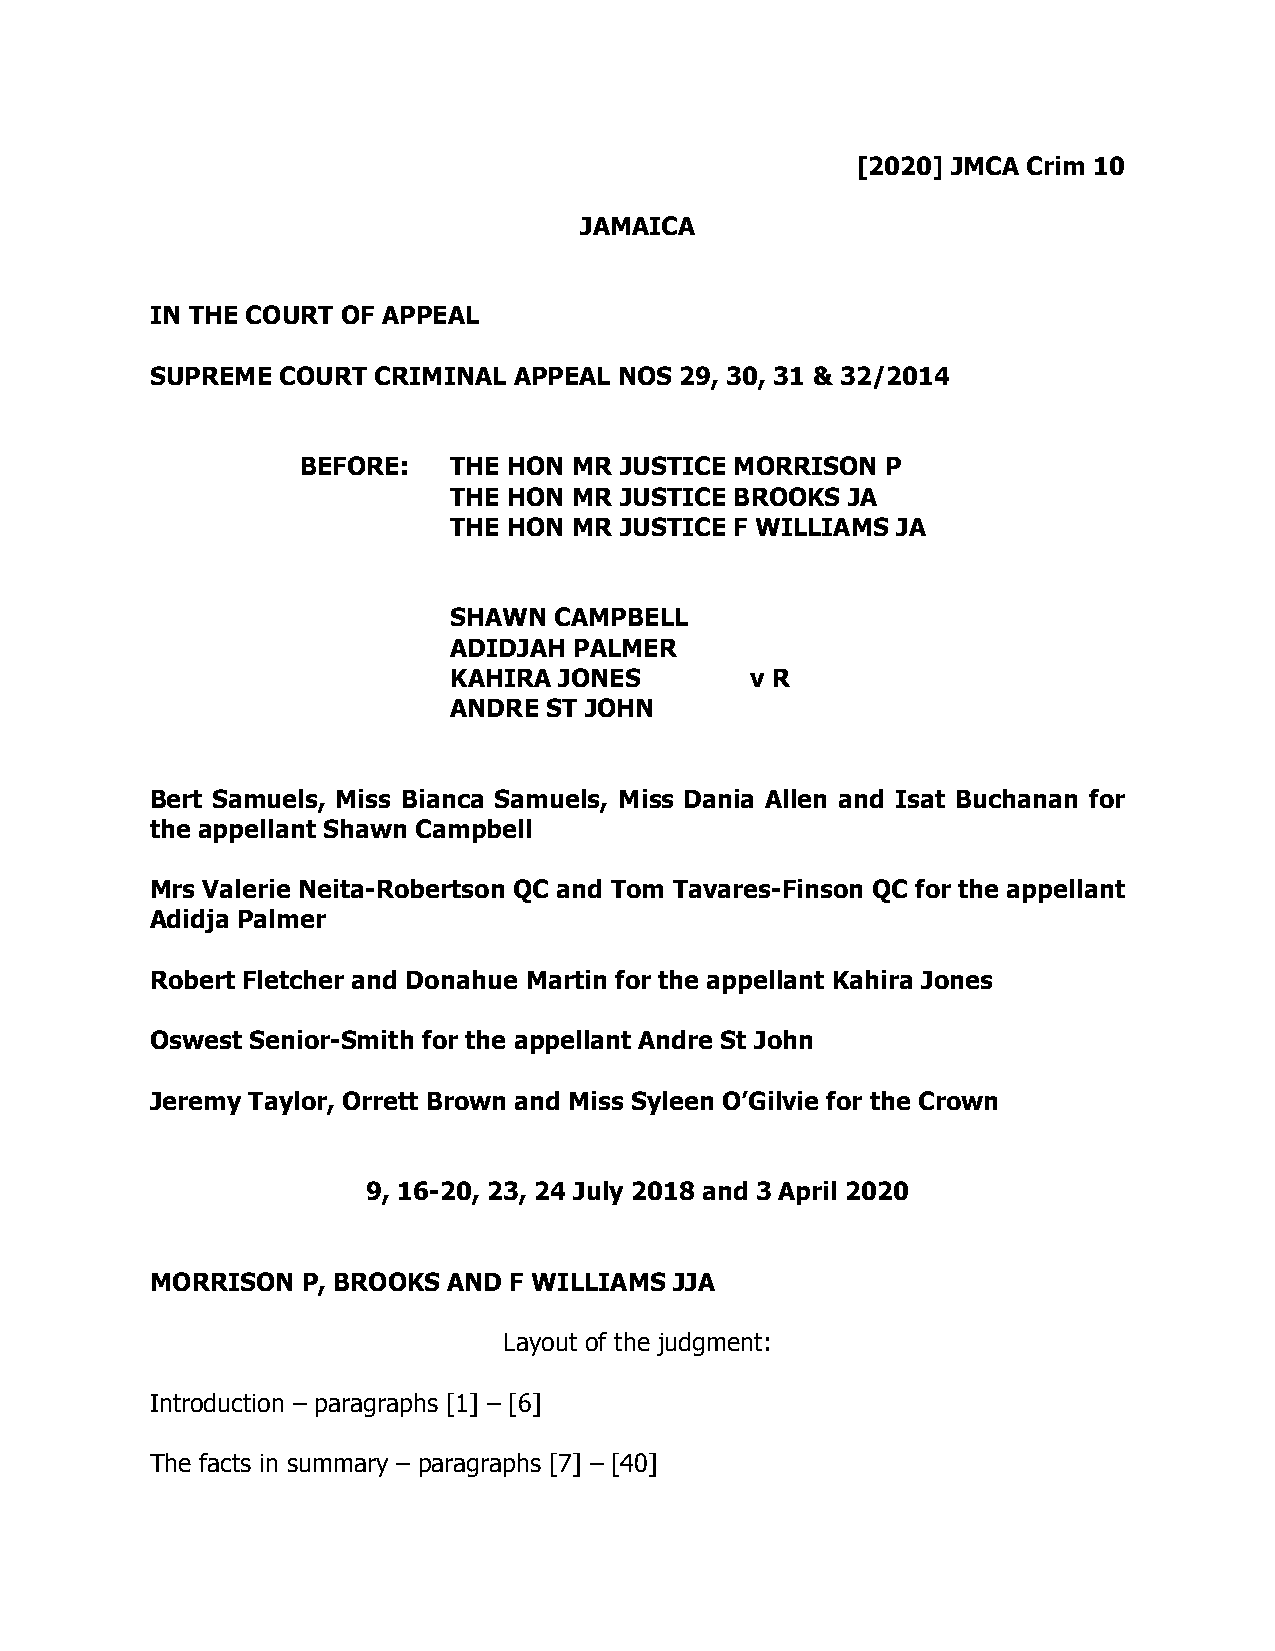
[2020] JMCA Crim 10
 JAMAICA
 IN THE COURT OF APPEAL
 SUPREME  COURT CRIMINAL APPEAL NOS 29, 30, 31 & 32/2014
 BEFORE:   THE HON MR JUSTICE MORRISON  P
 THE HON MR JUSTICE BROOKS JA
 THE HON MR JUSTICE F WILLIAMS JA
 SHAWN  CAMPBELL
 ADIDJAH PALMER
 KAHIRA JONES        v R
 ANDRE ST JOHN
 Bert Samuels, Miss Bianca Samuels, Miss Dania Allen and Isat Buchanan for
 the appellant Shawn Campbell
 Mrs Valerie Neita-Robertson QC and Tom Tavares-Finson QC for the appellant
 Adidja Palmer
 Robert Fletcher and Donahue Martin for the appellant Kahira Jones
 Oswest Senior-Smith for the appellant Andre St John
 Jeremy Taylor, Orrett Brown and Miss Syleen O’Gilvie for the Crown
 9, 16-20, 23, 24 July 2018 and 3 April 2020
 MORRISON  P, BROOKS AND F WILLIAMS JJA
 Layout of the judgment:
 Introduction – paragraphs [1] – [6]
 The facts in summary – paragraphs [7] – [40]